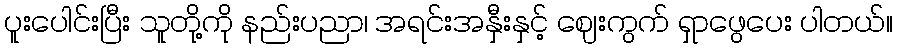
ပူးပေါင်းပြီး သူတို့ကို နည်းပညာ၊ အရင်းအနှီးနှင့် ဈေးကွက် ရှာဖွေပေး ပါတယ်။